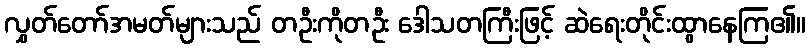
လွှတ်တော်အမတ်များသည် တဦးကိုတဦး ဒေါသတကြီးဖြင့် ဆဲရေးတိုင်းထွာနေကြ၏။